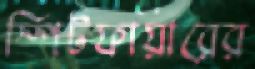
স্পিটফায়ারের